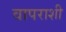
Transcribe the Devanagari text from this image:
वापराशी